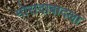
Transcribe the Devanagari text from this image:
मोरादाबादला